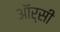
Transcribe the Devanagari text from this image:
ऑर्सी